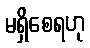
မရှိစေရဟု